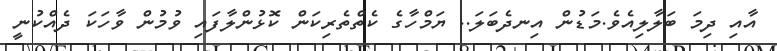
އާއި ދިމަ ބަލާލިއެވެ.މަޑުން އިނދެބަލަ.. ޔަމްހާގެ ކެތްތެރިކަން ކޮޅުންލާފައި ވުމުން ވާހަކަ ދެއްކުނީ